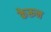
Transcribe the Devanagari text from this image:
केरून